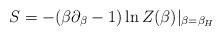
LaTeX: \begin{align*}S=-(\beta \partial_\beta-1)\ln Z(\beta )|_{\beta=\beta_H}\end{align*}